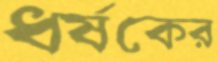
ধর্ষকের